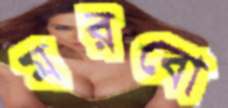
মরবো